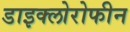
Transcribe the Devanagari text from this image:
डाइक्लोरोफीन